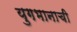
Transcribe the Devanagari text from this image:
युगभानाची